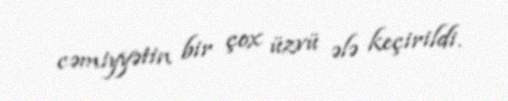
cəmiyyətin bir çox üzvü ələ keçirildi.